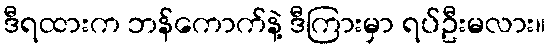
ဒီရထားက ဘန်ကောက်နဲ့ ဒီကြားမှာ ရပ်ဦးမလား။